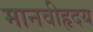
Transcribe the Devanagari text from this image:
मानवीहृदय